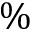
\%